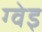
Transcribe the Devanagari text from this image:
ग्वेइ